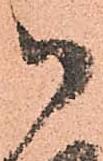
御